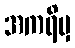
အကရိမှ